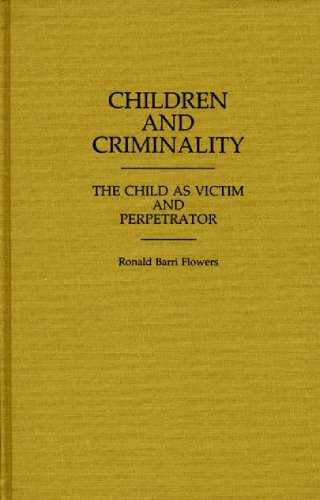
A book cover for Children and Criminality: The Child as Victim and Perpetrator (Contributions in Political Science); Ethel Brown; Law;